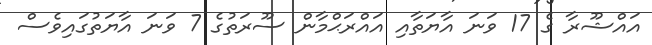
އައްޝޫރާ ގެ 17 ވަނަ އާޔަތާއި އައްރަޙްމާން ސޫރަތުގެ 7 ވަނަ އާޔަތުގައިވެސް